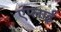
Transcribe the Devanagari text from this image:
एप्लाई